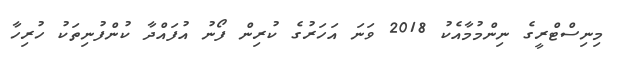
މިނިސްޓްރީގެ ނިންމުމާއެކު 2018 ވަނަ އަހަރުގެ ކުރިން ފޯނު އުފައްދާ ކުންފުނިތަކު ހުރިހާ